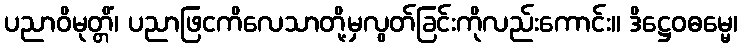
ပညာဝိမုတ္တိံ၊ ပညာဖြငကိလေသာတို့မှလွတ်ခြင်းကိုလည်းကောင်း။ ဒိဋ္ဌေဝဓမ္မေ၊